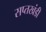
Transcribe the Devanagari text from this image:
सप्तखंडी